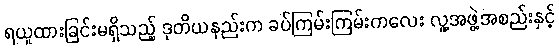
ရယူထားခြင်းမရှိသည့် ဒုတိယနည်းက ခပ်ကြမ်းကြမ်းကလေး လူ့အဖွဲ့အစည်းနှင့်